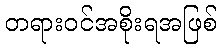
တရားဝင်အစိုးရအဖြစ်